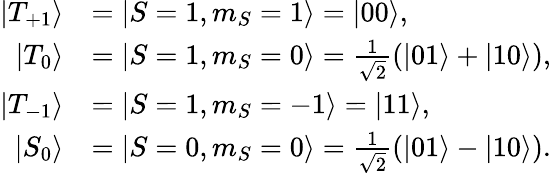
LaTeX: \begin{array}{rl}{\vert{T_{+1}}\rangle}&{=\vert{S=1,m_{S}=1}\rangle=\vert{00}\rangle,}\\ {\vert{T_{0}}\rangle}&{=\vert{S=1,m_{S}=0}\rangle=\frac{1}{\sqrt{2}}(\vert{01}\rangle+\vert{10}\rangle),}\\ {\vert{T_{-1}}\rangle}&{=\vert{S=1,m_{S}=-1}\rangle=\vert{11}\rangle,}\\ {\vert{S_{0}}\rangle}&{=\vert{S=0,m_{S}=0}\rangle=\frac{1}{\sqrt{2}}(\vert{01}\rangle-\vert{10}\rangle).}\end{array}